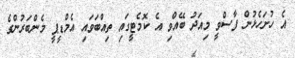
އެ ހުށަހެޅުން ފާސްވީ މިއަދު ބޭއްވި އެ ކޮމެޓީގައި ތިއްބަވައި އެމްޑީޕީ މެންބަރުންގެ